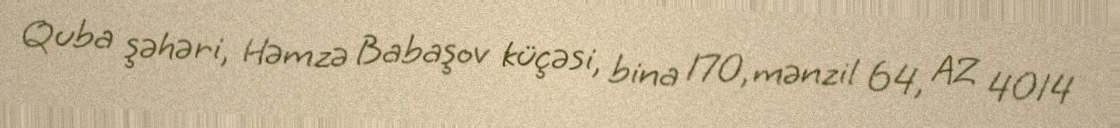
Quba şəhəri, Həmzə Babaşov küçəsi, bina 170, mənzil 64, AZ 4014